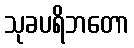
သုခပရိဘတော